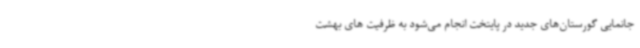
جانمایی گورستان‌های جدید در پایتخت انجام می‌شود به ظرفیت های بهشت